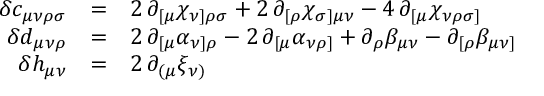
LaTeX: \begin{array} { r c l } { { \delta c _ { \mu \nu \rho \sigma } } } & { { = } } & { { 2 \, \partial _ { [ \mu } \chi _ { \nu ] \rho \sigma } + 2 \, \partial _ { [ \rho } \chi _ { \sigma ] \mu \nu } - 4 \, \partial _ { [ \mu } \chi _ { \nu \rho \sigma ] } } } \\ { { \delta d _ { \mu \nu \rho } } } & { { = } } & { { 2 \, \partial _ { [ \mu } \alpha _ { \nu ] \rho } - 2 \, \partial _ { [ \mu } \alpha _ { \nu \rho ] } + \partial _ { \rho } \beta _ { \mu \nu } - \partial _ { [ \rho } \beta _ { \mu \nu ] } } } \\ { { \delta h _ { \mu \nu } } } & { { = } } & { { 2 \, \partial _ { ( \mu } \xi _ { \nu ) } } } \end{array}